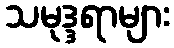
သမုဒ္ဒရာများ